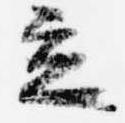
立